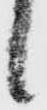
候